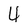
Character: 4